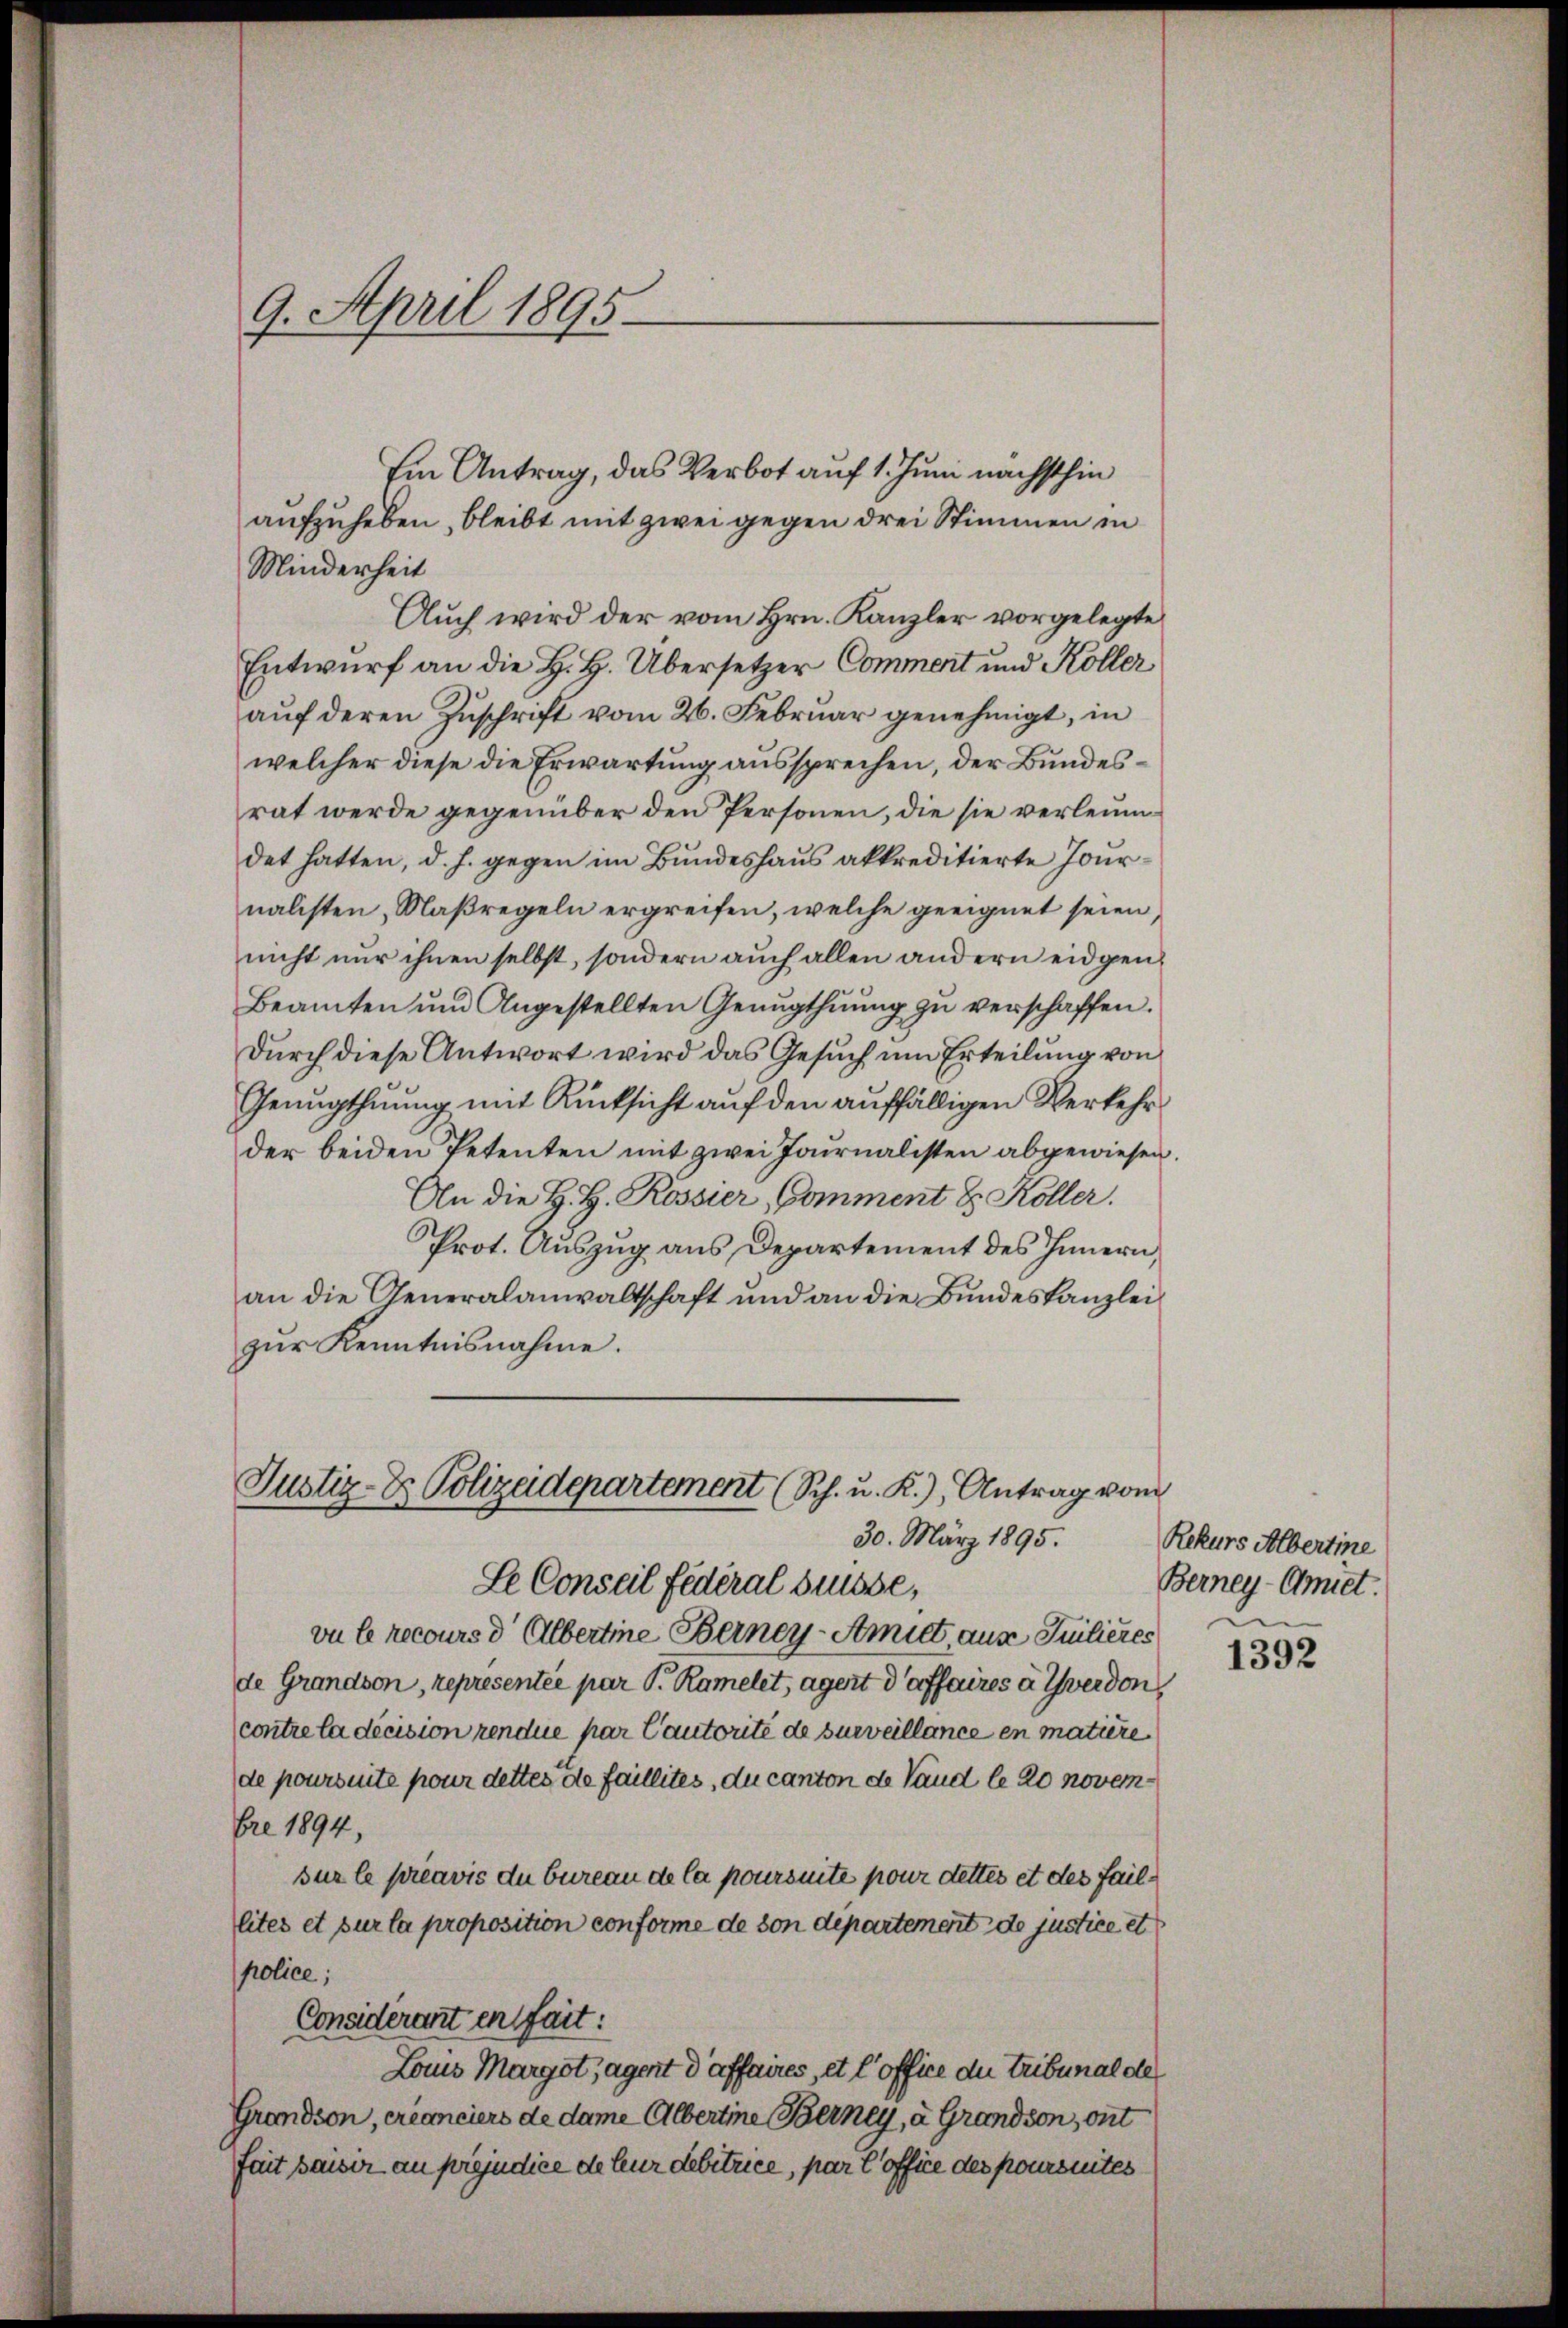
9. April 1895.

Minderheit

Im Antrag, das Verbot auf 1. Juni nächsthin
aufzuheben, bleibt mit zwei gegen drei Stimmen in
Auch wird der vom Hrn. Kanzler vorgelegte
Entwurf an die H. H. Übersetzer Commert und Koller
aŭf deren Zŭschrift vom 26. Febrŭar genehmigt, in
welcher diese die Erwartung aussprechen, der Bundesrat werde gegenüber den Personen, die sie verleumdet hatten, d. h. gegen im Bundeshaus akkreditierte Journalisten Maßregeln ergreifen, welche geeignet seien,
nicht nur ihnen selbst, sondern auch allen andern eidgen
Beamten ŭm Angestellten Genugthuung zŭ verschaffen.
durch diese Antwort wird das Gesuch um Erteilung von
Genugthuung mit Rücksicht auf den auffälligen Verkehr
der beiden Petenten mit zwei Journalisten abgewiesen.
An die H. H. Rossier, Gomment & Koller.
Prot. Auszug aus Departement des Innern,
an die Generalanwaltschaft und an die Bundeskanzlei
zŭr Kenntnisnahme.
Justiz- & Polizeidepartement (Sch. u. K.), Antrag vom
30. März 1895.
Le Conseil fédéral Grüsse,
vu le recours d' Albertine Eberney-Amiet, aus Suilieres
de Grandson, representée par P. Ramelet, Agent d’affaires à verdon
contre la décision rendue par Cautorité de surveillance en matière,
de poursuite pour dettes de faillites, du canton de Vaud le 20 novembre 1894,
sur le préavis du bureau de la poursuite pour dettes et des faillités et sur la proposition conforme de von departement de justice et
police;
Considerant en fait:
Louis Margotagert d affaires, et l’office du Tribunal des
Grandson, créanciers de dame Albertine Berney, a. Grandson, ont
fait sauer an préjudice de leur debitrice, par l’office des poursuites

Rekurs Albertine
Berney-Amiet.

1392